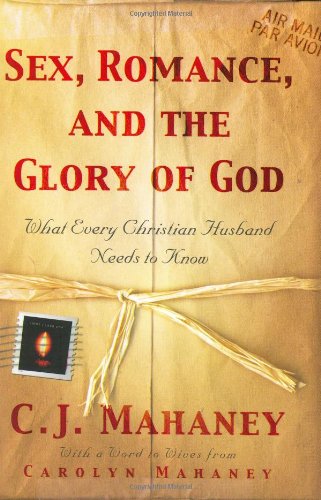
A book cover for Sex, Romance, and the Glory of God: What Every Christian Husband Needs to Know; C. J. Mahaney; Christian Books & Bibles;